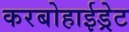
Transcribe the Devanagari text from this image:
करबोहाईड्रेट